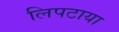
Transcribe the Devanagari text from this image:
लिपटाया